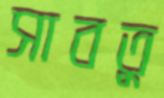
সাবতু